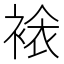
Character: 𧛄